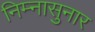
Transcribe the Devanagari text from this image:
निम्नासुनार